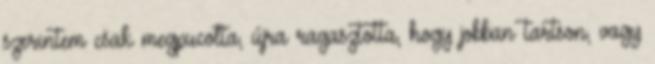
szerintem csak megpucolta, újra ragasztotta, hogy jobban tartson, vagy